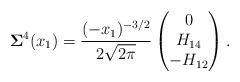
LaTeX: \begin{align*}\mathbf{\Sigma}^4(x_1)=\frac{(-x_1)^{-3/2}}{2\sqrt{2\pi}}\begin{pmatrix}0\\H_{14}\\-H_{12}\end{pmatrix}.\end{align*}